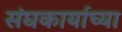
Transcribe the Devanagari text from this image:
संघकार्याच्या